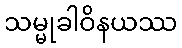
သမ္မုခါဝိနယဿ